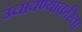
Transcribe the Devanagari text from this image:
उंचावण्याकरिता